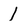
Character: 1